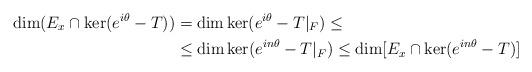
LaTeX: \begin{align*}\dim(E_x \cap \ker(e^{i\theta}-T)) & = \dim \ker(e^{i\theta}-T|_F) \le \\& \le \dim \ker(e^{in\theta}-T|_F) \le \dim[E_x \cap \ker(e^{in\theta}-T)] \end{align*}